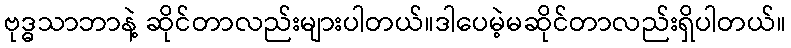
ဗုဒ္ဓသာဘာနဲ့ ဆိုင်တာလည်းများပါတယ်။ဒါပေမဲ့မဆိုင်တာလည်းရှိပါတယ်။